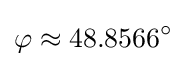
\varphi \approx 48.8566^{\circ }